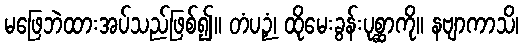
မဖြေဘဲထားအပ်သည်ဖြစ်၍။ တံပဉှံ၊ ထိုမေးခွန်းပုစ္ဆာကို။ နဗျာကာသိ၊